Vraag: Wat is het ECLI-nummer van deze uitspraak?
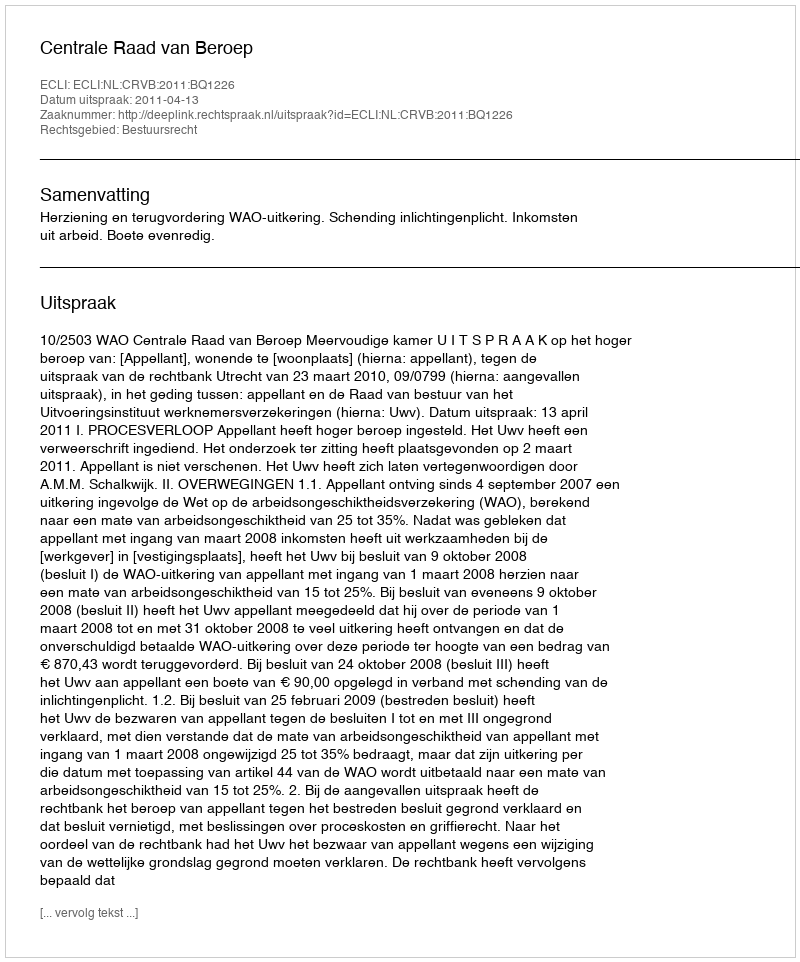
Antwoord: ECLI:NL:CRVB:2011:BQ1226